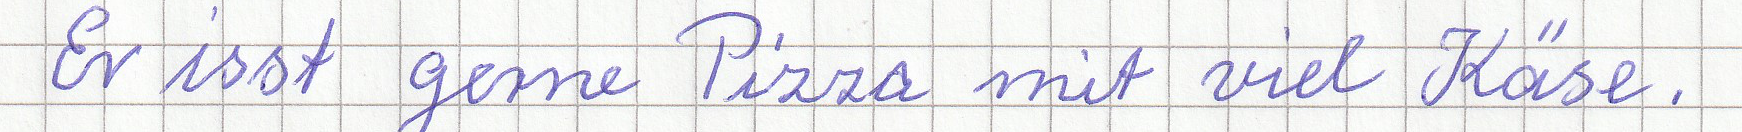
Er isst gerne Pizza mit viel Käse.